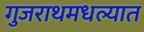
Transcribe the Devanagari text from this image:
गुजराथमधल्यात